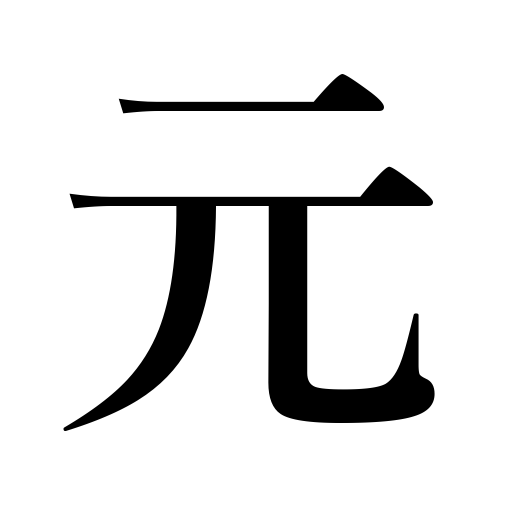
Meanings: first year of an era,foundation,base,formerly,cause,New Year’s Day,yuan,capital,cost,Gen Mongol dynasty,basis,source,principal,root of a tree,origin,beginning,raw material,forebears